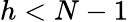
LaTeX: h<N-1